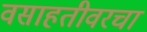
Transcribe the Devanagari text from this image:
वसाहतीवरचा